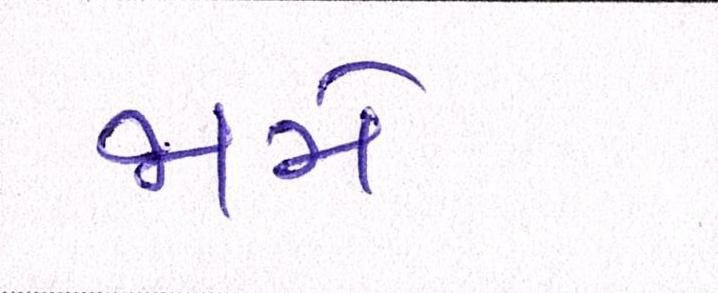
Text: જામે